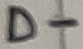
Text: D-